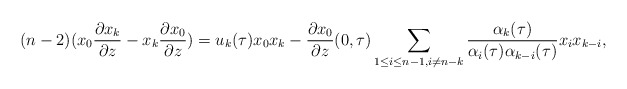
\begin{align*}(n-2)(x_0\frac{\partial x_k}{\partial z}-x_k\frac{\partial x_0}{\partial z})=u_{k}(\tau)x_0 x_{k}-\frac{\partial x_0}{\partial z}(0,\tau) \sum_{1\leq i \leq n-1, i \neq n-k} \frac{\alpha_{k}(\tau)}{\alpha_i(\tau) \alpha_{k-i}(\tau)} x_{i}x_{k-i},\end{align*}